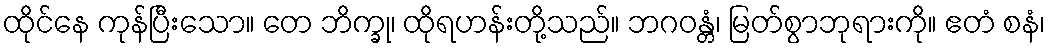
ထိုင်နေ ကုန်ပြီးသော။ တေ ဘိက္ခု၊ ထိုရဟန်းတို့သည်။ ဘဂဝန္တံ၊ မြတ်စွာဘုရားကို။ ဧတံ စနံ၊